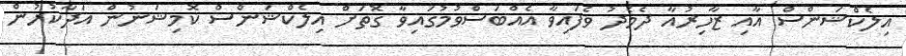
އިލެކްޝަންސް އާއި ޒާހިރުއާ ދެމެދު ވެފައިވާ އެއްބަސްވުމުގައިވާ ގޮތަށް އިލެކްޝަންސް ކޮމިޝަނުން އަދާކުރުން